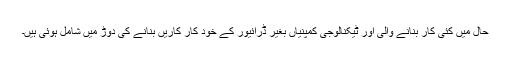
حال میں کئی کار بنانے والی اور ٹیکنالوجی کمپنیاں بغیر ڈرائیور کے خود کار کاریں بنانے کی دوڑ میں شامل ہوئی ہیں۔